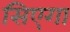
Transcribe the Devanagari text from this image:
सिएगा